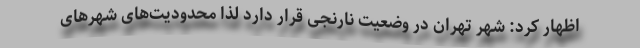
اظهار کرد: شهر تهران در وضعیت نارنجی قرار دارد لذا محدودیت‌های شهر‌های